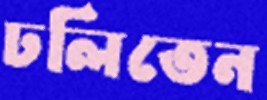
ঢলিতেন